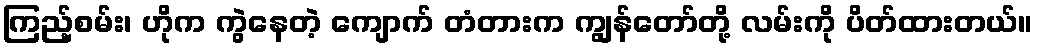
ကြည့်စမ်း၊ ဟိုက ကွဲနေတဲ့ ကျောက် တံတားက ကျွန်တော်တို့ လမ်းကို ပိတ်ထားတယ်။